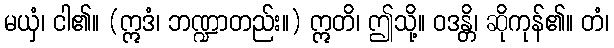
မယှံ၊ ငါ၏။ (ဣဒံ၊ ဘဏ္ဍာတည်း။) ဣတိ၊ ဤသို့။ ဝဒန္တိ၊ ဆိုကုန်၏။ တံ၊